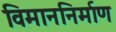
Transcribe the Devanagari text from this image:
विमाननिर्माण